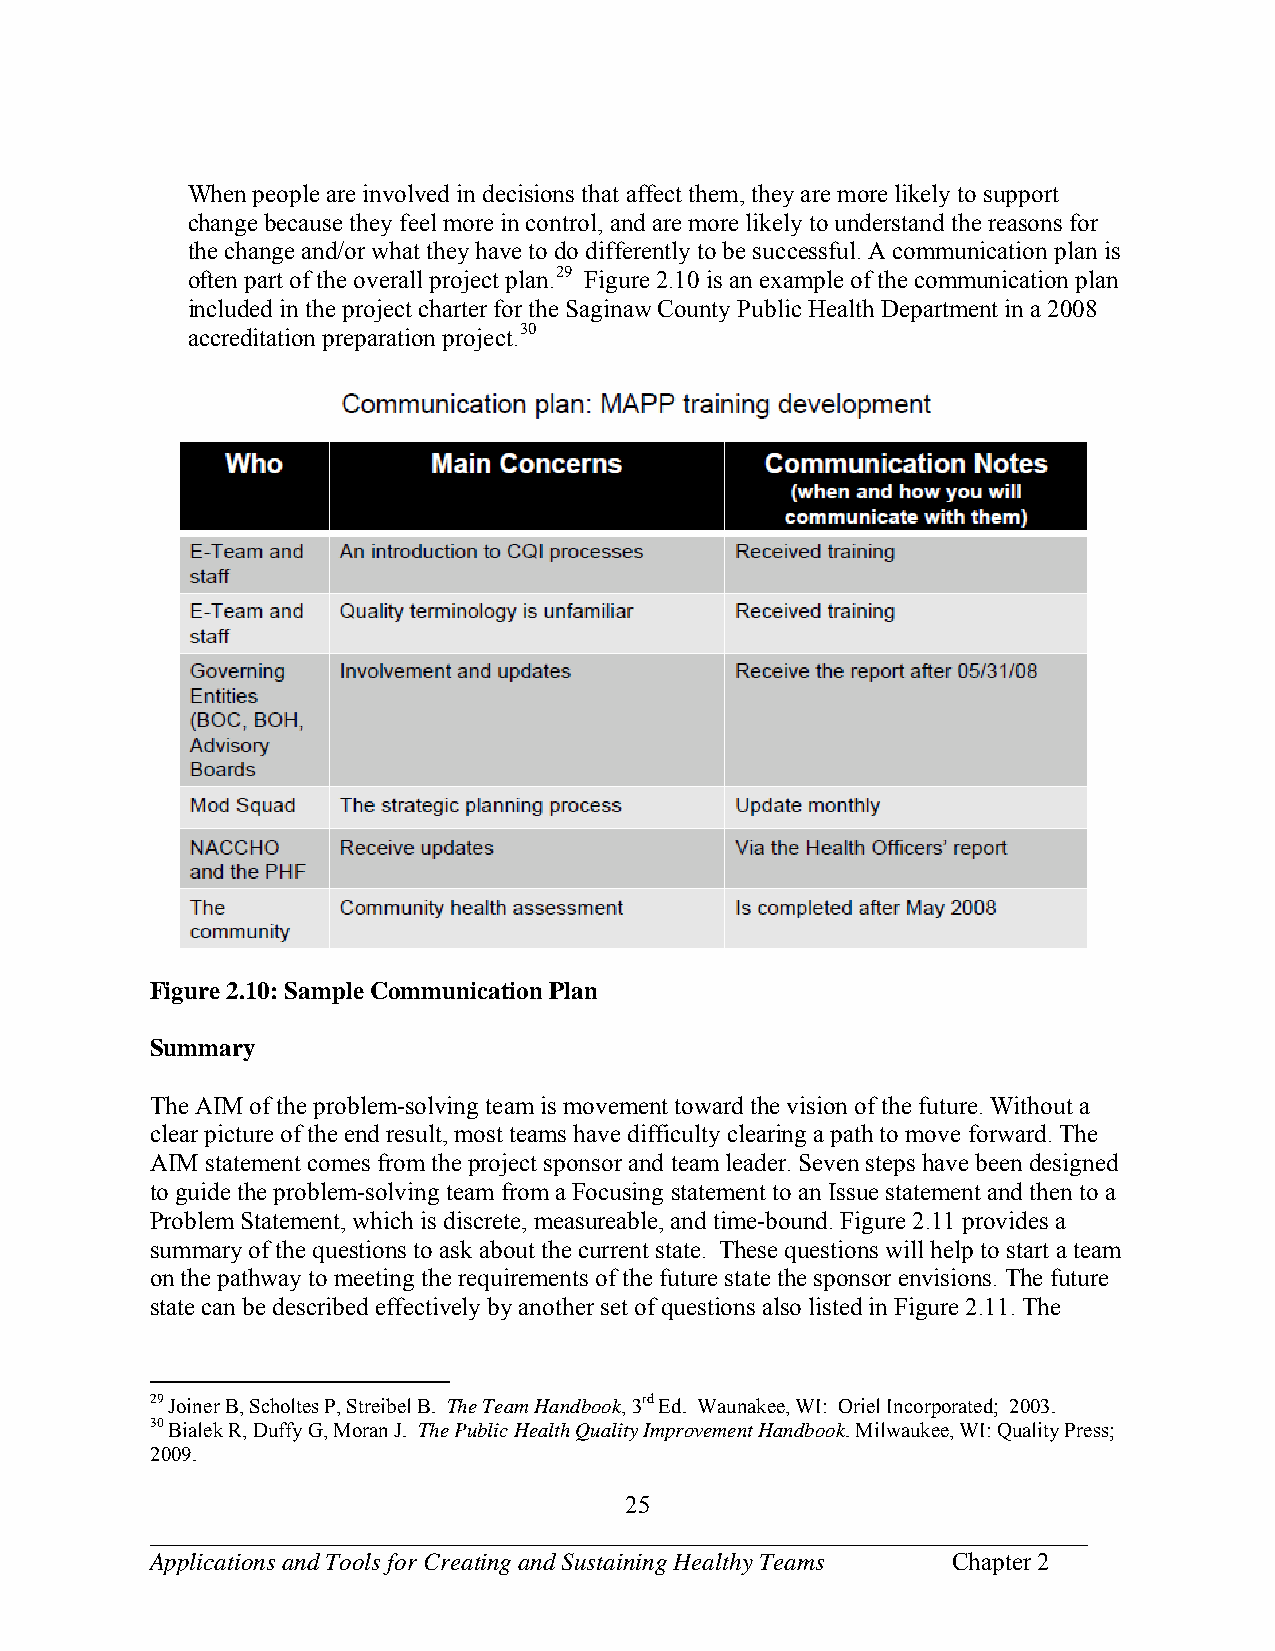
When people are involved in decisions that affect them, they are more likely to support
 change because they feel more in control, and are more likely to understand the reasons for
 the change and/or what they have to do differently to be successful. A communication plan is
 often part of the overall project plan.29 Figure 2.10 is an example of the communication plan
 included in the project charter for the Saginaw County Public Health Department in a 2008
 accreditation preparation project.30
 Figure 2.10: Sample Communication Plan
 Summary
 The AIM of the problem-solving team is movement toward the vision of the future. Without a
 clear picture of the end result, most teams have difficulty clearing a path to move forward. The
 AIM statement comes from the project sponsor and team leader. Seven steps have been designed
 to guide the problem-solving team from a Focusing statement to an Issue statement and then to a
 Problem Statement, which is discrete, measureable, and time-bound. Figure 2.11 provides a
 summary of the questions to ask about the current state. These questions will help to start a team
 on the pathway to meeting the requirements of the future state the sponsor envisions. The future
 state can be described effectively by another set of questions also listed in Figure 2.11. The
 29 Joiner B, Scholtes P, Streibel B. The Team Handbook, 3rd Ed. Waunakee, WI: Oriel Incorporated; 2003.
 30 Bialek R, Duffy G, Moran J. The Public Health Quality Improvement Handbook. Milwaukee, WI: Quality Press;
 2009.
 25
 ___________________________________________________________________________
 Applications and Tools for Creating and Sustaining Healthy Teams Chapter 2